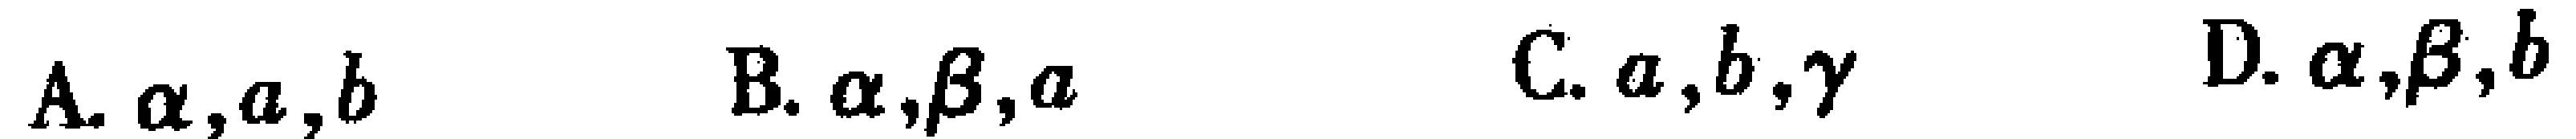
A. $\alpha,a,b$  B. $\alpha,\beta,a$  C. $a,b,\gamma$  D. $\alpha,\beta,b$